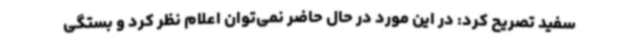
سفید تصریح کرد: در این مورد در حال حاضر نمی‌توان اعلام نظر کرد و بستگی